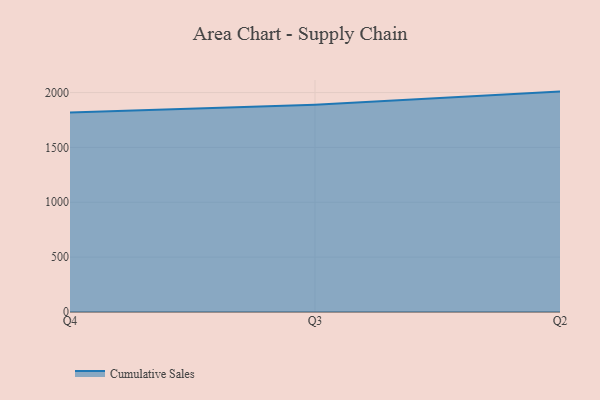
{"axis": {"x": "Quarter", "y": "LTV (USD)"}, "legend": ["Cumulative Sales"], "data": [{"x": "Q4", "y": 1817.4, "type": "Cumulative Sales"}, {"x": "Q3", "y": 1889.1, "type": "Cumulative Sales"}, {"x": "Q2", "y": 2008.9, "type": "Cumulative Sales"}]}